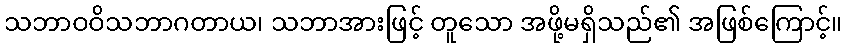
သဘာဝဝိသဘာဂတာယ၊ သဘာအားဖြင့် တူသော အဖို့မရှိသည်၏ အဖြစ်ကြောင့်။